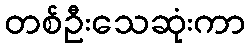
တစ်ဦးသေဆုံးကာ